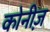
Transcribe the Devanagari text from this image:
कोनीज़